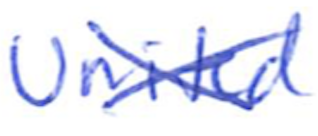
Text: United
Cross-out: cross
Writing tool: ballpoint